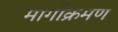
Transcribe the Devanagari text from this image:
मार्गाक्रमण